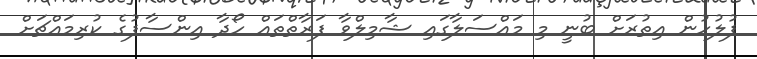
ފުލުހުން އިތުރަށް ބުނީ މި މައްސަލާގައި ޝާމިލްވާ ފަރާތްތައް ހޯދާ އިންސާފުގެ ކުރިމައްޗަށް